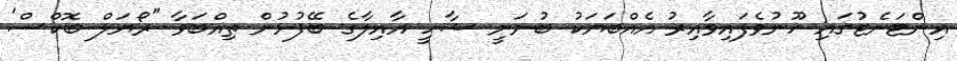
އިންޓަނެޓުގައި ހޫނުވެފައިވާއިރު އެއްބަޔަކު ބުނަނީ ޝާހީ އާއިލާގެ ބޭފުޅުން ތިއްބަވާ "ރޯޔަލް ބޮކްސް'